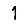
Digit: 1